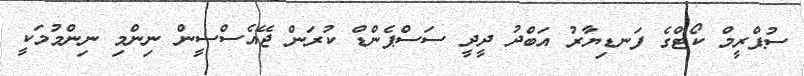
ސުޕްރީމް ކޯޓްގެ ފަނޑިޔާރު އަބްދު ދީދީ ސަސްޕެންޑް ކުރަން ޖޭއެސްސީން ނިންމި ނިންމުމަކީ